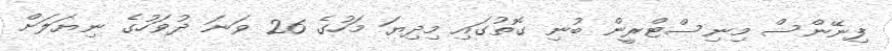
ފިނޭންސް މިނިސްޓްރީން ބުނި ގޮތުގައި މިިދިޔަ މަހުގެ 26 ވަނަ ދުވަހުގެ ނިޔަލަށް